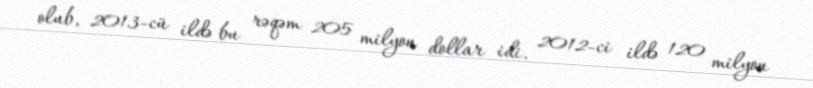
olub, 2013-cü ildə bu rəqəm 205 milyon dollar idi. 2012-ci ildə 120 milyon